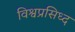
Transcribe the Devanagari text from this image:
विश्वप्रसिध्द